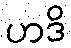
ဟဒိ